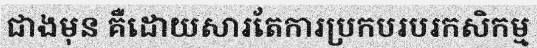
ជាងមុន គឺដោយសារតែការប្រកបរបរកសិកម្ម